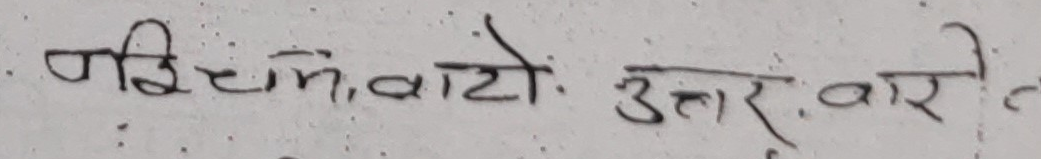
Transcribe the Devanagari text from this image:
पश्चिम, बाटो. उत्तर. बारी